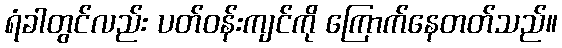
ရံခါတွင်လည်း ပတ်ဝန်းကျင်ကို ကြောက်နေတတ်သည်။